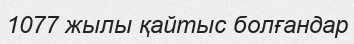
1077 жылы қайтыс болғандар